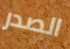
الصدر